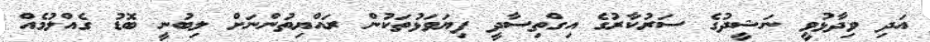
އަދި ވިދާޅުވީ ނަޝީދުގެ ސަރުކާރުގެ އިގްތިސާދީ ފިޔަވަޅުތަކުން ރައްޔިތުންނަށް ލިބުނީ ބޮޑު ގެއްލުމެއް